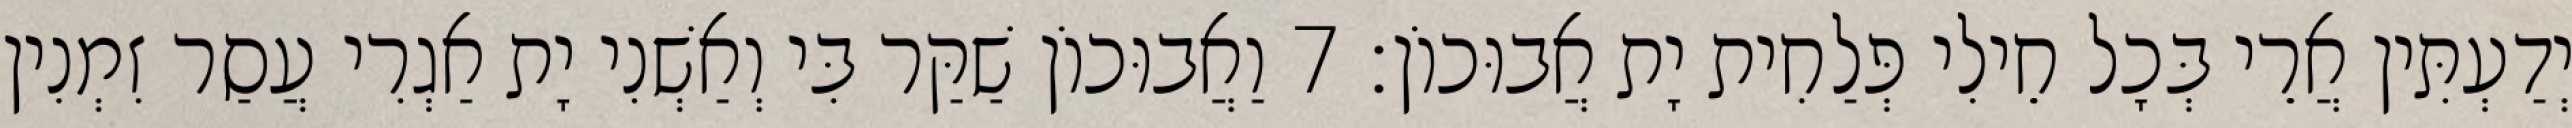
יְדַעְתִּין אֲרֵי בְּכָל חֵילִי פְּלַחִית יָת אֲבוּכוֹן׃ 7 וַאֲבוּכוֹן שַׁקַּר בִּי וְאַשְׁנִי יָת אַגְרִי עֲסַר זִמְנִין